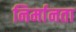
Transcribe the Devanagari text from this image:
निर्मानता